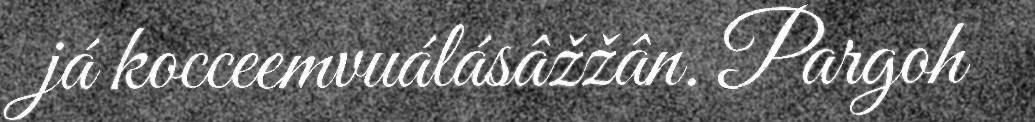
já kocceemvuálásâžžân. Pargoh